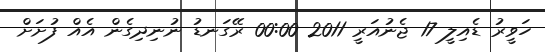
ހަވީރު ޑެއިލީ 17 ޖެނުއަރީ 2011 00:00 ރޭގަނޑު ނުނިދިގެން އެއް ފުށަށް